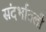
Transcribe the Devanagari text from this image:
संदर्भातली